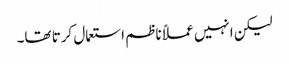
لیکن انہیں عملاً ناظم استعمال کرتا تھا۔